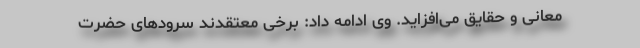
معانی و حقایق می‌افزاید. وی ادامه داد: برخی معتقدند سرودهای حضرت